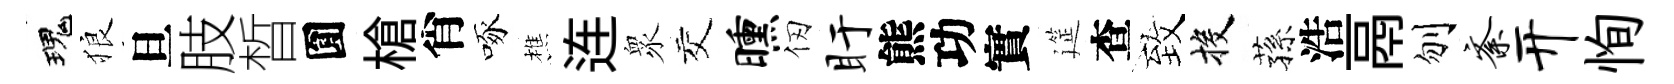
瑰狼旦肢晳圎槍肖啄樵连衆交曛仞盱熊功實筵查致投蓀浩鬲刎紊开恂